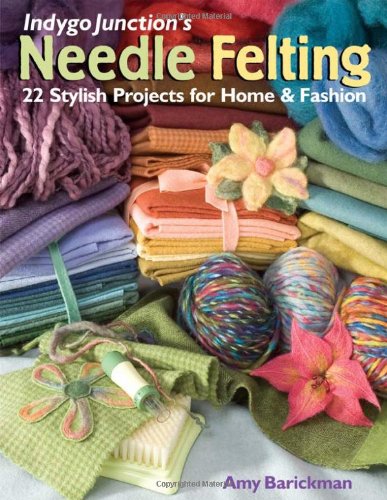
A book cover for Indygo Junction's Needle Felting: 22 Stylish Projects for Home & Fashion; Amy Barickman; Crafts, Hobbies & Home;